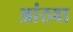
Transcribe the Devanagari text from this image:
आंठवा